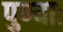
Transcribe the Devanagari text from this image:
पुण्याः